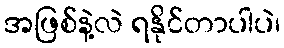
အဖြစ်နဲ့လဲ ရနိုင်တာပါပဲ၊